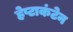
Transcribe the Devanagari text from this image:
हेप्टाकंटेन